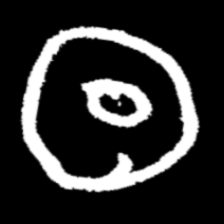
Pyu character \u2014 Myanmar letter: ထ (romanized: tha)